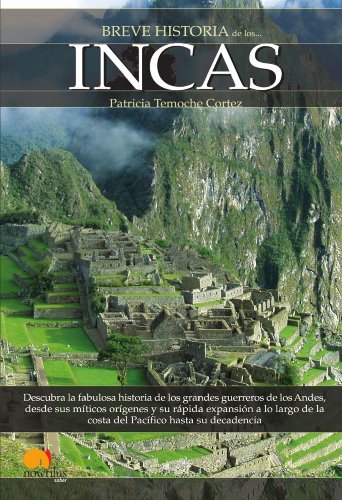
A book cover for Breve Historia de los Incas (Spanish Edition); Patricia Temoche Cortez; History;